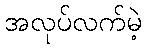
အလုပ်လက်မဲ့